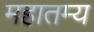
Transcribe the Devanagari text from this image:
महातम्य